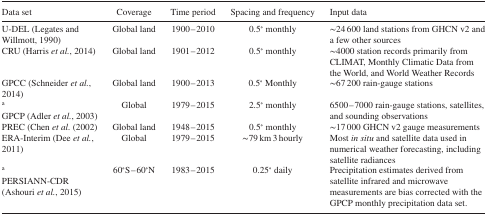
<table><thead><tr><td><b>Data set</b></td><td><b>Coverage</b></td><td><b>Time period</b></td><td><b>Spacing and frequency</b></td><td><b>Input data</b></td></tr></thead><tbody><tr><td>U‐DEL (Legates and Willmott, 1990)</td><td>Global land</td><td>1900–2010</td><td>0.5<sup>∘</sup> monthly</td><td>∼24 600 land stations from GHCN v2 and a few other sources</td></tr><tr><td>CRU (Harris <i>et al.</i>, 2014)</td><td>Global land</td><td>1901–2012</td><td>0.5<sup>∘</sup> monthly</td><td>∼4000 station records primarily from CLIMAT, Monthly Climatic Data from the World, and World Weather Records</td></tr><tr><td>GPCC (Schneider <i>et al.</i>, 2014)</td><td>Global land</td><td>1900–2013</td><td>0.5<sup>∘</sup> Monthly</td><td>∼67 200 rain‐gauge stations</td></tr><tr><td>aGPCP (Adler <i>et al.</i>, 2003)</td><td>Global</td><td>1979–2015</td><td>2.5<sup>∘</sup> monthly</td><td>6500–7000 rain‐gauge stations, satellites, and sounding observations</td></tr><tr><td>PREC (Chen <i>et al.</i> (2002)</td><td>Global land</td><td>1948–2015</td><td>0.5<sup>∘</sup> monthly</td><td>∼17 000 GHCN v2 gauge measurements</td></tr><tr><td>ERA‐Interim (Dee <i>et al.</i>, 2011)</td><td>Global</td><td>1979–2015</td><td>∼79 km 3 hourly</td><td>Most <i>in situ</i> and satellite data used in numerical weather forecasting, including satellite radiances</td></tr><tr><td>aPERSIANN‐CDR (Ashouri <i>et al.</i>, 2015)</td><td>60<sup>∘</sup>S–60<sup>∘</sup>N</td><td>1983–2015</td><td>0.25<sup>∘</sup> daily</td><td>Precipitation estimates derived from satellite infrared and microwave measurements are bias corrected with the GPCP monthly precipitation data set.</td></tr></tbody></table>